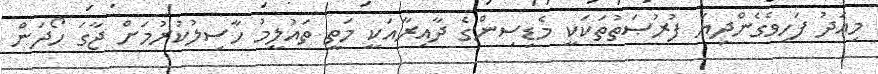
މިއަދު ފަހިވެގެންދިޔަ ފުރުޞަތުތަކަކީ މެޑިސިންގެ ދާއިރާއަކީ މަތީ ތައުލީމު ހާސިލުކުރުމަށް ޖާގަ ހޯދަން